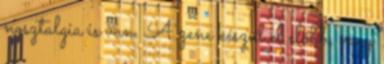
nosztalgia is van. A zene készül el előbb, vagy